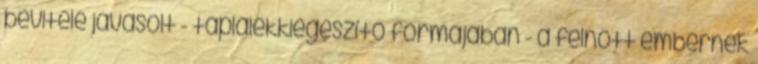
bevitele javasolt - táplálékkiegészítő formájában - a felnőtt embernek